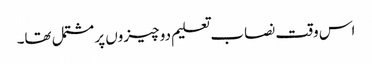
اس وقت نصاب تعلیم دو چیزوں پر مشتمل تھا۔